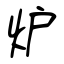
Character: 炉